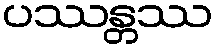
ပဿန္တဿ